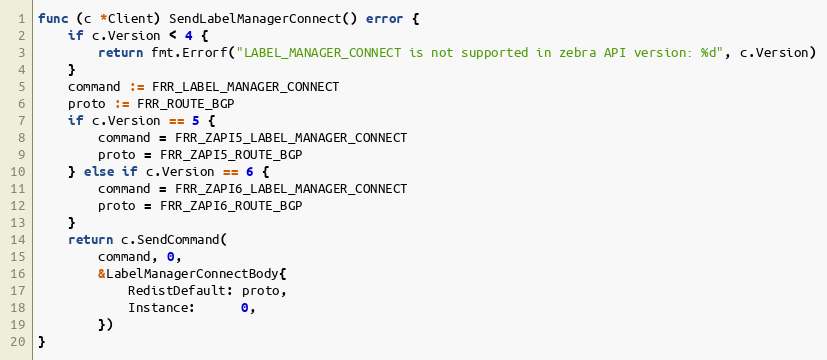
Language: Go
func (c *Client) SendLabelManagerConnect() error {
	if c.Version < 4 {
		return fmt.Errorf("LABEL_MANAGER_CONNECT is not supported in zebra API version: %d", c.Version)
	}
	command := FRR_LABEL_MANAGER_CONNECT
	proto := FRR_ROUTE_BGP
	if c.Version == 5 {
		command = FRR_ZAPI5_LABEL_MANAGER_CONNECT
		proto = FRR_ZAPI5_ROUTE_BGP
	} else if c.Version == 6 {
		command = FRR_ZAPI6_LABEL_MANAGER_CONNECT
		proto = FRR_ZAPI6_ROUTE_BGP
	}
	return c.SendCommand(
		command, 0,
		&LabelManagerConnectBody{
			RedistDefault: proto,
			Instance:      0,
		})
}